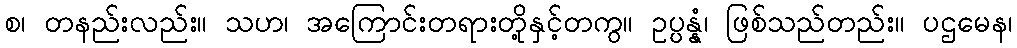
စ၊ တနည်းလည်း။ သဟ၊ အကြောင်းတရားတို့နှင့်တကွ။ ဥပ္ပန္နံ၊ ဖြစ်သည်တည်း။ ပဌမေန၊